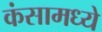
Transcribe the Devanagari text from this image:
कंसामध्ये